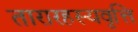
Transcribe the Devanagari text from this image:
तारारहस्यवृत्ति